Lyperosia minuta, Bezzi - Number 59
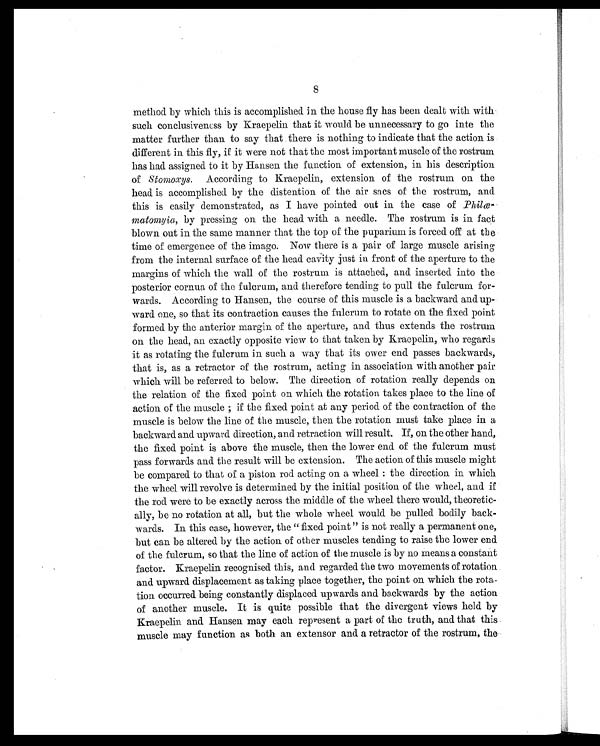
method by which this is accomplished in the house fly has been dealt with with
such conclusiveness by Kraepelin that it would be unnecessary to go inte the
matter further than to say that there is nothing to indicate that the action is
different in this fly, is it were not that the most important muscle of the rostrum
has had assigned to it by Hansen the function of extension, in his description
of Stomoxys. According to Kraepelin, extension of the rostrum on the
head is accomplished by the distention of the air sacs of the rostrum, and
this is easily demonstrated, as I have pointed out in the case of Philæ-
matomyia, by pressing on the head with a needle. The rostrum is in fact
blown out in the same manner that the top of the puparium is forced off at the
time of emergence of the imago. Now there is a pair of large muscle arising
from the internal surface of the head cavity just in front of the aperture to the
margins of which the wall of the rostrum is attached, and inserted into the
posterior cornua of the fulcrum, and therefore tending to pull the fulcrum for-
wards. According to Hansen, the course of this muscle is a backward and up-
ward one, so that its contraction causes the fulcrum to rotate on the fixed point
formed by the anterior margin of the aperture, and thus extends the rostrum
on the head, an exactly opposite view to that taken by Kraepelin, who regards
it as rotating the fulcrum in such a way that its over end passes backwards,
that is, as a retractor of the rostrum, acting in association with another pair
which will be referred to below. The direction of rotation really depends on
the relation of the fixed point on which the rotation takes place to the line of
action of the muscle ; if the fixed point at any period. of the contraction of the
muscle is below the line of the muscle, then the rotation must take place in a
backward and upward direction, and retraction will result. If, on the other hand,
the fixed point is above the muscle, then the lower end of the fulcrum must
pass forwards and the result will be extension. The action of this muscle might
be compared to that of a piston rod acting on a wheel : the direction in which
the wheel will revolve is determined by the initial position of the wheel, and if
the rod were to be exactly across the middle of the wheel there would, theoretic-
ally, be no rotation at all, but the whole wheel would be pulled bodily back-
wards. In this case, however, the " fixed point " is not really a permanent one,
but can be altered by the action of other muscles tending to raise the lower end
of the fulcrum, so that the line of action of the muscle is by no means a constant
factor. Kraepelin recognised this, and regarded the two movements of rotation
and upward displacement as taking place together, the point on which the rota-
tion occurred being constantly displaced upwards and backwards by the action
of another muscle. It is quite possible that the divergent views held by
Kraepelin and. Hansen may each represent a part of the truth, and that this
muscle may function as both an extensor and a retractor of the rostrum, the